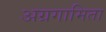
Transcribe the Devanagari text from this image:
अग्रगामिता